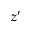
z ^ { \prime }